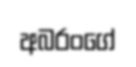
අබරංගේ